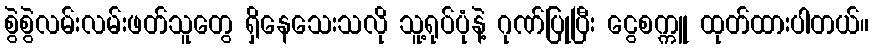
စွဲစွဲလမ်းလမ်းဖတ်သူတွေ ရှိနေသေးသလို သူ့ရုပ်ပုံနဲ့ ဂုဏ်ပြုပြီး ငွေစက္ကူ ထုတ်ထားပါတယ်။